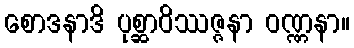
စောဒနာဒိ ပုစ္ဆာဝိဿဇ္ဇနာ ဝဏ္ဏနာ။